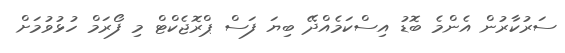
ސަރުކާރުން އެންމެ ބޮޑު އިސްކަމެއްދޭ ބިޔަ ފަސް ޕްރޮޖެކްޓް މި ފޯރަމް ހުޅުވުމަށް